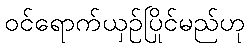
ဝင်ရောက်ယှဉ်ပြိုင်မည်ဟု